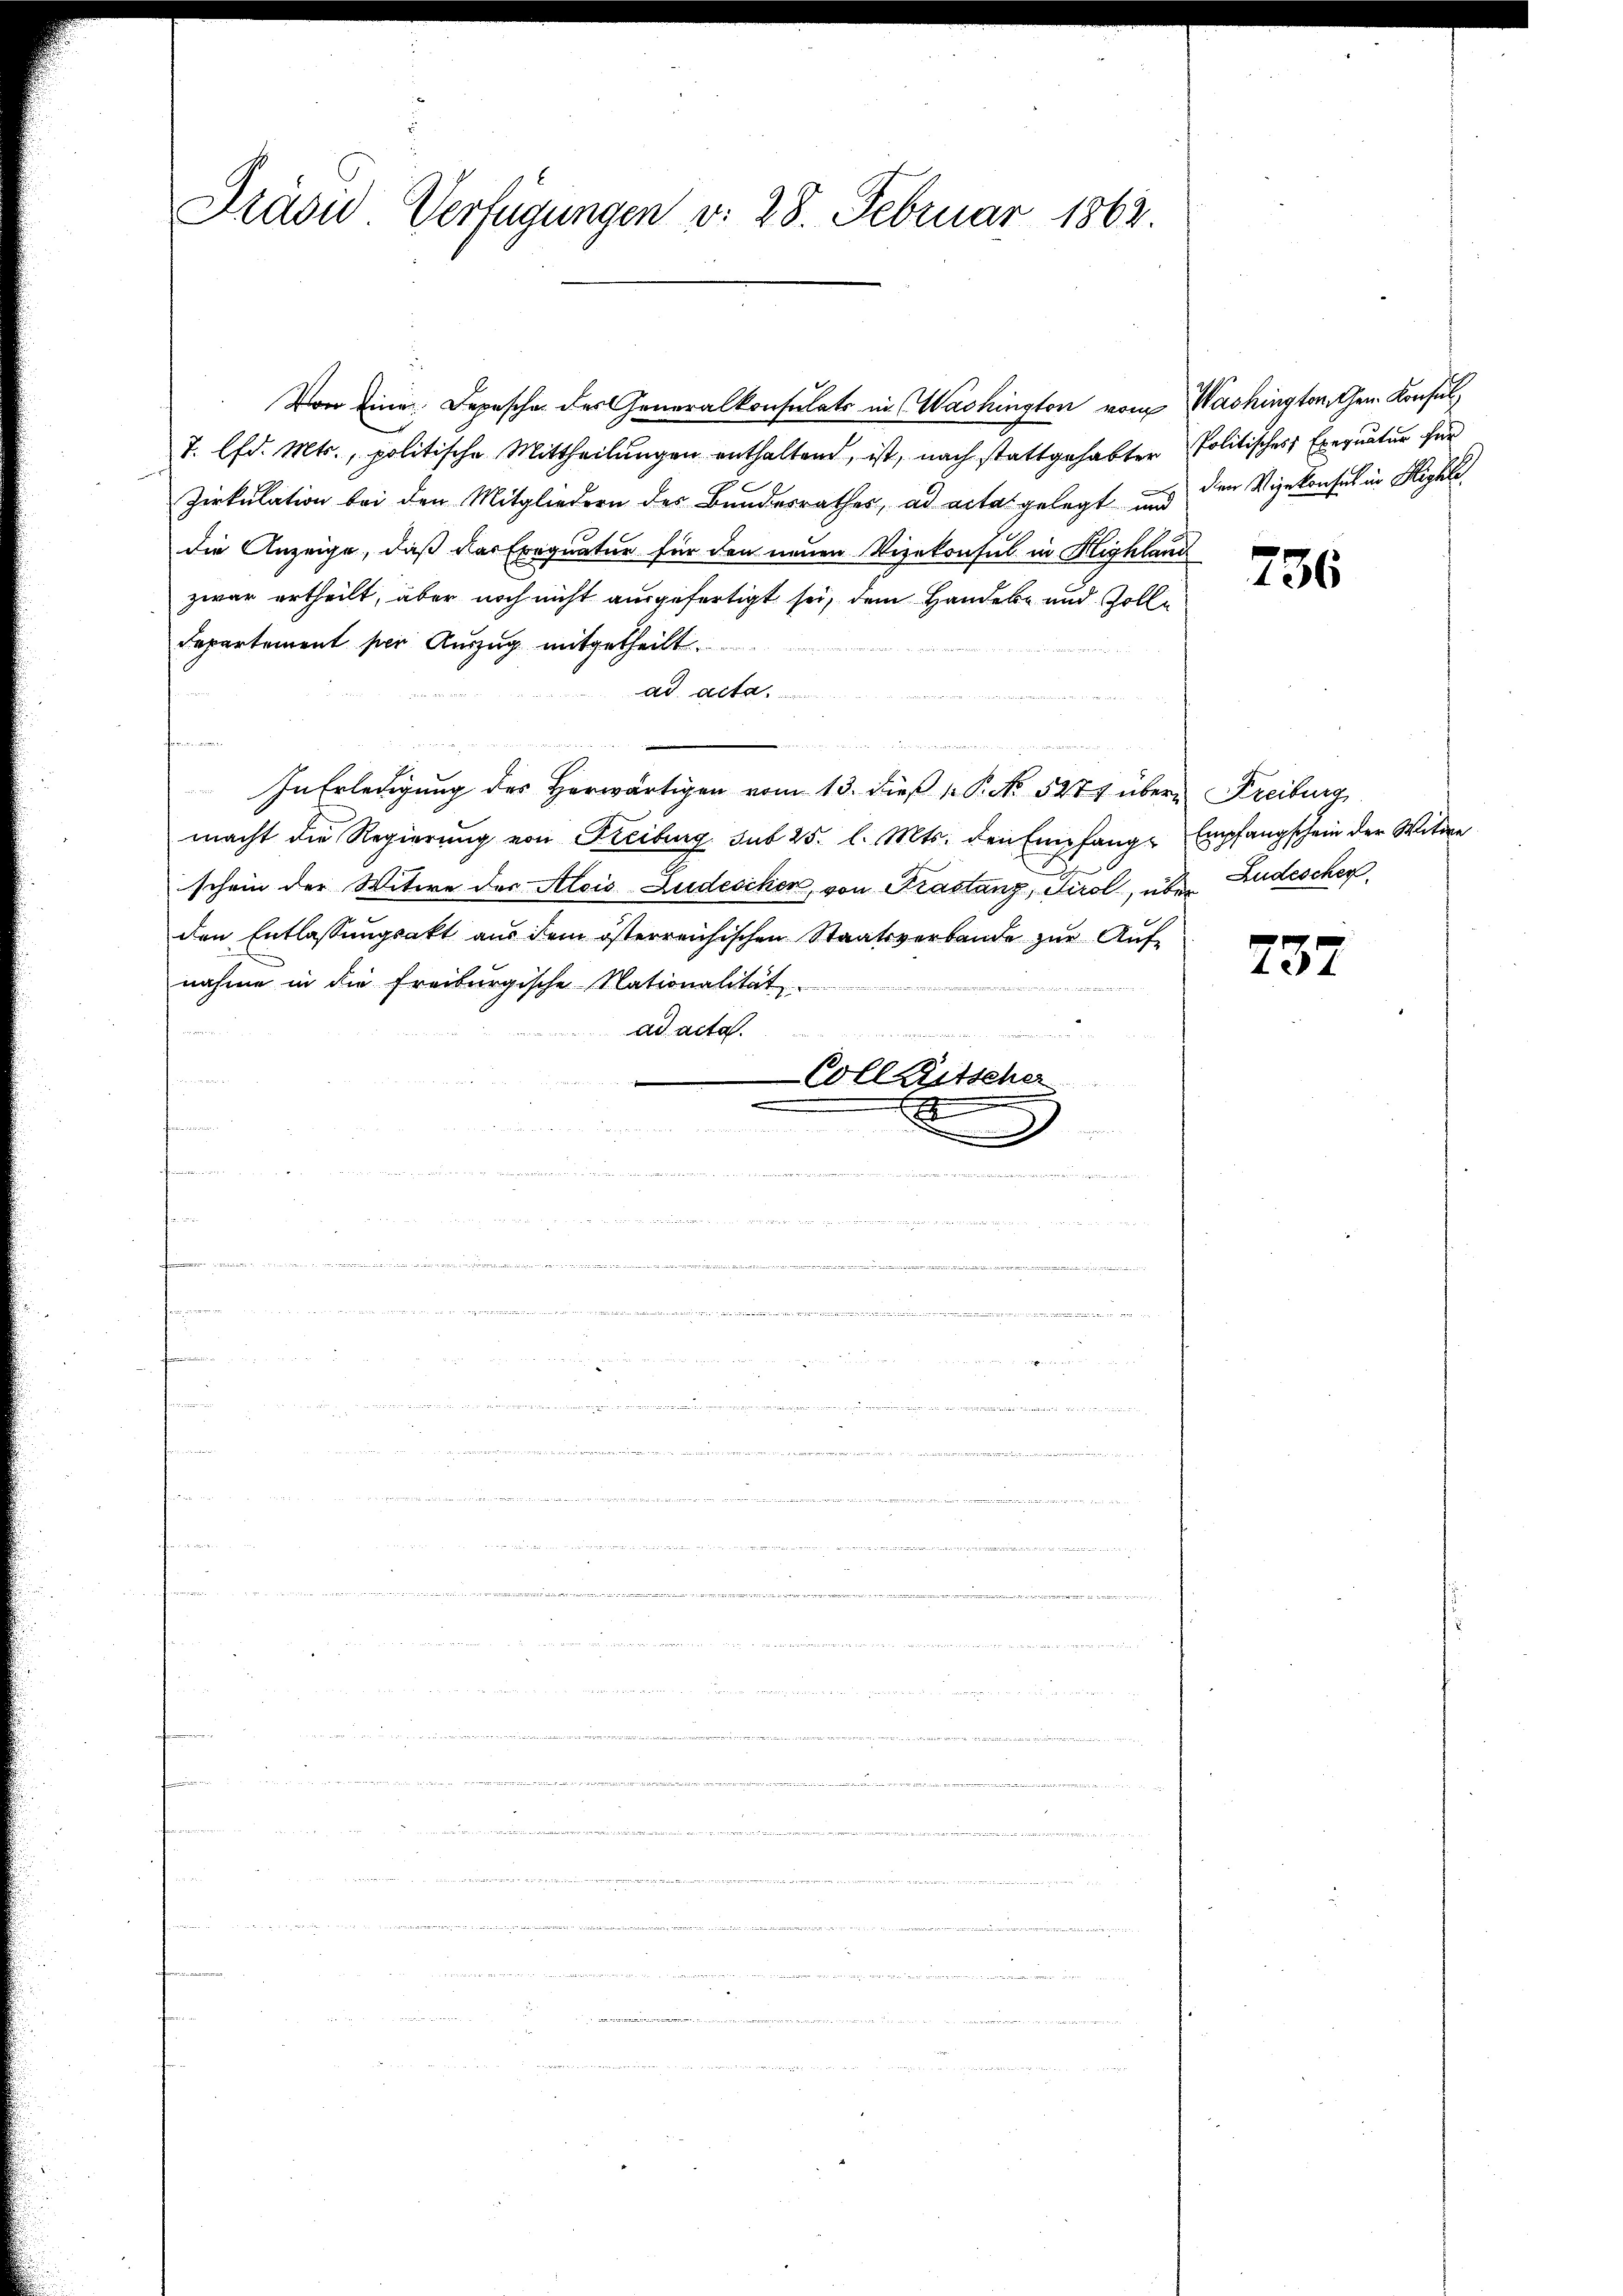
Präse Verfügungen v. 28. Februar 1862.

Von Eine Depesche des Generalkonsulats in (Washington vom Washingtonnchen Konsul
7. lfd. Mts., politische Mittheilungen enthaltend, ist, nach stattgehabter Politisches Exequatur für
Zirkulation bei den Mitgliedern des Bundesrathes, ad acta gelegt und den Vizekonsul in Highle
die Anzeige, daß das Exequatur für den neuen Vizekonsul in Highland
zwar ertheilt, aber noch nicht ausgefertigt sei, dem Handeln und solle
Departement per Auszug mitgetheilt.
ad acta
n
In Erledigung des Herwärtigen vom 13. dieß P. No. 5277 übern Freiburg
macht die Regierung von Freiburg sub 25. l. Mts. den Empfange Empfangschein der Witwe
schein der Witwe der Alois Ludeschen, von Krastanz, Tirol, über Budescher
den Entlassungsakt aus dem österreichischen Staatsverbande zŭr Aŭf-
nahme in die Freiburgische Nationalität

ad acta.
n
uenten sel
Colletscher
d
x
fen
.
hann in
e
.
e
fe
.
e
1
fen in
n

i
Bei de

g

a
ri et
man
.

736

737